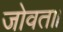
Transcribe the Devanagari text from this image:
जोवत॥